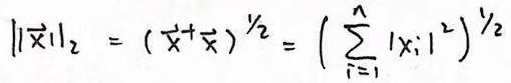
$\|\vec{x}\|_{2}=(\vec{x}^{+}\vec{x})^{\frac{1}{2}}=\left(\sum_{i = 1}^{n}|x_{i}|^{2}\right)^{\frac{1}{2}}$